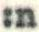
:n